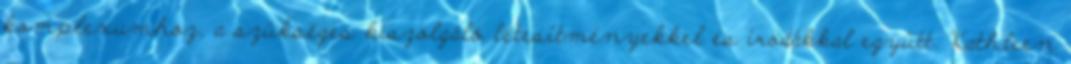
komplexumhoz, a szükséges kiszolgáló létesítményekkel és irodákkal együtt. Kathleen